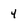
Character: 4